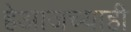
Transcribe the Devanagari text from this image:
हेआजच्याही